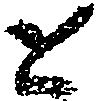
と